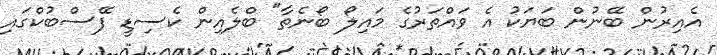
އެއިރުން ބޭނުން ބަޔަކު އެ ވައްތަރުގެ މައިލޯ ބޯނެތާ" ބްލެއިން ކެސިޑީ ފޭސްބުކްގައި